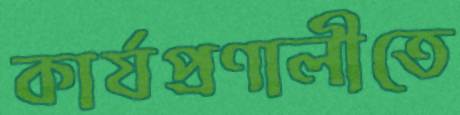
কার্যপ্রণালীতে